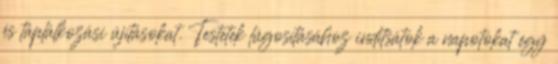
és táplálkozási újításokat. Testetek lúgosításához indítsátok a napotokat egy